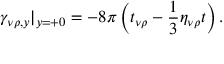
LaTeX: \gamma _ { \nu \rho , y } | _ { y = + 0 } = - 8 \pi \left( t _ { \nu \rho } - \frac 1 3 \eta _ { \nu \rho } t \right) .